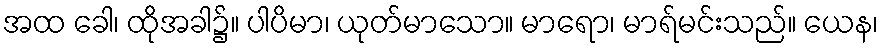
အထ ခေါ၊ ထိုအခါ၌။ ပါပိမာ၊ ယုတ်မာသော။ မာရော၊ မာရ်မင်းသည်။ ယေန၊